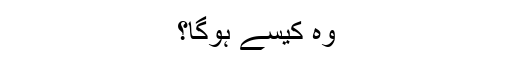
وہ کیسے ہوگا؟